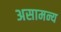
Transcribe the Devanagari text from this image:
असामन्य